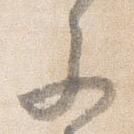
参